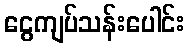
ငွေကျပ်သန်းပေါင်း